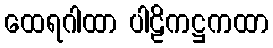
ထေရဂါထာ ပါဠိကဋ္ဌကထာ